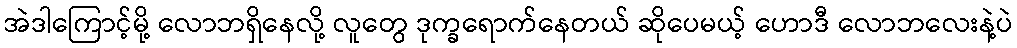
အဲဒါကြောင့်မို့ လောဘရှိနေလို့ လူတွေ ဒုက္ခရောက်နေတယ် ဆိုပေမယ့် ဟောဒီ လောဘလေးနဲ့ပဲ